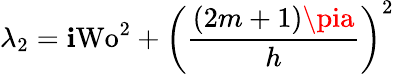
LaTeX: \lambda_{2}=\mathbf{i}\textrm{{Wo}}^{2}+\left(\frac{{(2m+1)\pia}}{{h}}\right)^{2}